Report on horse surra - Volume I
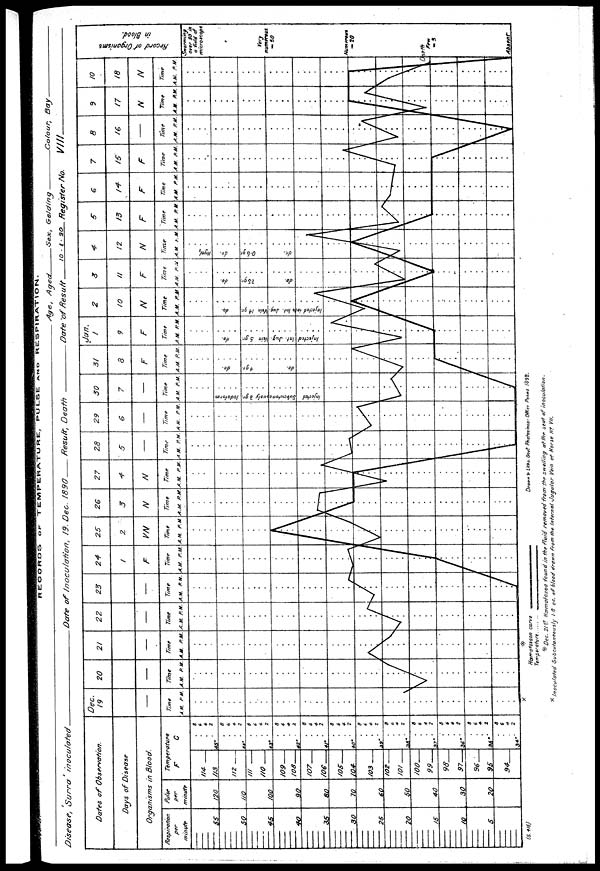
RECORDS OF TEMPERATURE, PULSE AND RESPIRATION.